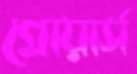
গ্রোয়ার্স